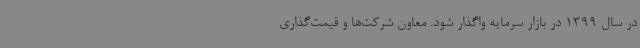
در سال 1399 در بازار سرمایه واگذار شود. معاون شرکت‌ها و قیمت‌گذاری